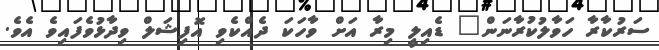
ސަރުކާރާ ހަވާލުކުރާނަން" ޑެއިލީ މިރާ އަށް ވާހަކަ ދެއްކެވި އޮފިޝަލް ވިދާޅުވެފައިވެ އެވެ.